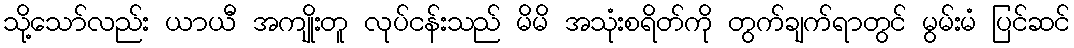
သို့သော်လည်း ယာယီ အကျိုးတူ လုပ်ငန်းသည် မိမိ အသုံးစရိတ်ကို တွက်ချက်ရာတွင် မွမ်းမံ ပြင်ဆင်